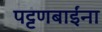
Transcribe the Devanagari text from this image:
पट्टणबाईंना